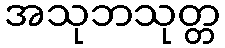
အသုဘသုတ္တ